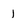
Character: I